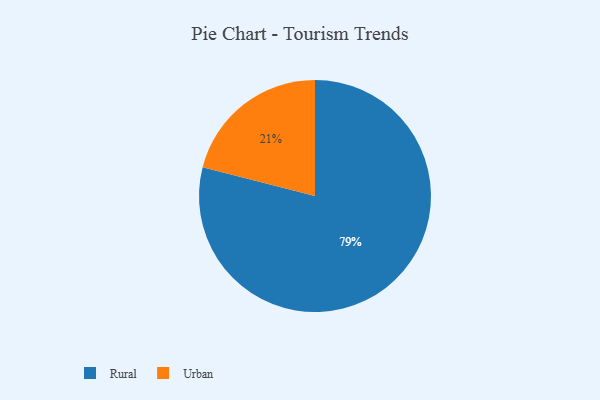
{"axis": {"x": "Category", "y": "Percentage"}, "legend": ["Rural", "Urban"], "data": [{"x": "Urban", "y": 21, "type": "Urban"}, {"x": "Rural", "y": 79, "type": "Rural"}]}